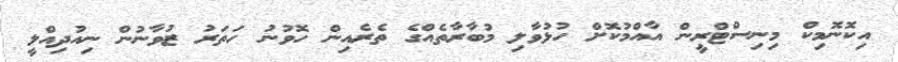
އިކޮނޮމިކް މިނިސްޓްރީން އާއްމުކޮށް ހުޅުވާލި މުބާރާތެއްގެ ތެރެއިން ހޮވުނު ހަތަރު ޒުވާނުން ނިއުދިއްލީ